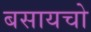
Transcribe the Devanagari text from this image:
बसायचो